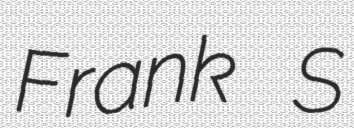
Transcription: Frank S